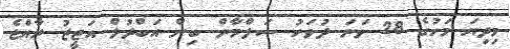
މިދިޔަ މަހުގެ 28 ވަނަ ދުވަހު ސަލްމާން ބިން އަބްދުލް އަޒީޒު ރާއްޖެ